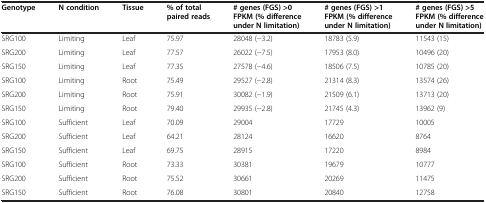
<table><thead><tr><td><b>Genotype</b></td><td><b>N condition</b></td><td><b>Tissue</b></td><td><b>% of total paired reads</b></td><td><b># genes (FGS) &gt;0 FPKM (% difference under N limitation)</b></td><td><b># genes (FGS) &gt;1 FPKM (% difference under N limitation)</b></td><td><b># genes (FGS) &gt;5 FPKM (% difference under N limitation)</b></td></tr></thead><tbody><tr><td>SRG100</td><td>Limiting</td><td>Leaf</td><td>75.97</td><td>28048 (−3.2)</td><td>18783 (5.9)</td><td>11543 (15)</td></tr><tr><td>SRG200</td><td>Limiting</td><td>Leaf</td><td>77.57</td><td>26022 (−7.5)</td><td>17953 (8.0)</td><td>10496 (20)</td></tr><tr><td>SRG150</td><td>Limiting</td><td>Leaf</td><td>77.35</td><td>27578 (−4.6)</td><td>18506 (7.5)</td><td>10785 (20)</td></tr><tr><td>SRG100</td><td>Limiting</td><td>Root</td><td>75.49</td><td>29527 (−2.8)</td><td>21314 (8.3)</td><td>13574 (26)</td></tr><tr><td>SRG200</td><td>Limiting</td><td>Root</td><td>75.91</td><td>30082 (−1.9)</td><td>21509 (6.1)</td><td>13713 (20)</td></tr><tr><td>SRG150</td><td>Limiting</td><td>Root</td><td>79.40</td><td>29935 (−2.8)</td><td>21745 (4.3)</td><td>13962 (9)</td></tr><tr><td>SRG100</td><td>Sufficient</td><td>Leaf</td><td>70.09</td><td>29004</td><td>17729</td><td>10005</td></tr><tr><td>SRG200</td><td>Sufficient</td><td>Leaf</td><td>64.21</td><td>28124</td><td>16620</td><td>8764</td></tr><tr><td>SRG150</td><td>Sufficient</td><td>Leaf</td><td>69.75</td><td>28915</td><td>17220</td><td>8984</td></tr><tr><td>SRG100</td><td>Sufficient</td><td>Root</td><td>73.33</td><td>30381</td><td>19679</td><td>10777</td></tr><tr><td>SRG200</td><td>Sufficient</td><td>Root</td><td>75.52</td><td>30661</td><td>20269</td><td>11475</td></tr><tr><td>SRG150</td><td>Sufficient</td><td>Root</td><td>76.08</td><td>30801</td><td>20840</td><td>12758</td></tr></tbody></table>